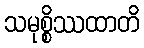
သမုစ္စိဿထာတိ